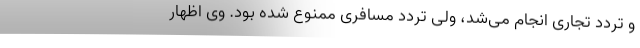
و تردد تجاری انجام می‌شد، ولی تردد مسافری ممنوع شده بود. وی اظهار